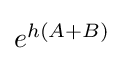
{\textstyle e^{h(A+B)}}